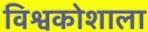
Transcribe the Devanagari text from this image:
विश्वकोशाला